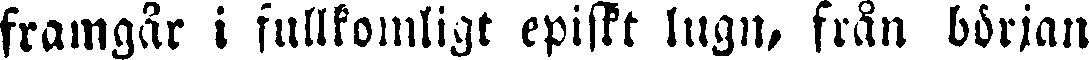
framgår i fullkomligt episkt lugn, från början